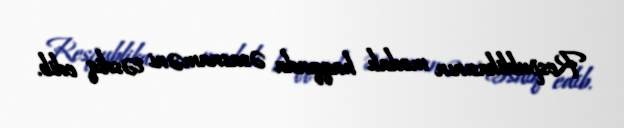
Respublikasının medalı haqqında əsasnaməni təsdiq edib.